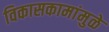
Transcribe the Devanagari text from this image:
विकासकामांमुळे